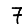
Digit: 7